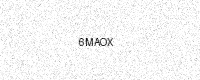
Text: 6MAOX